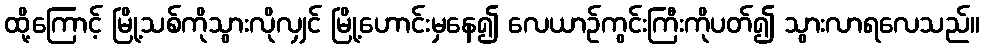
ထို့ကြောင့် မြို့သစ်ကိုသွားလိုလျှင် မြို့ဟောင်းမှနေ၍ လေယာဉ်ကွင်းကြီးကိုပတ်၍ သွားလာရလေသည်။